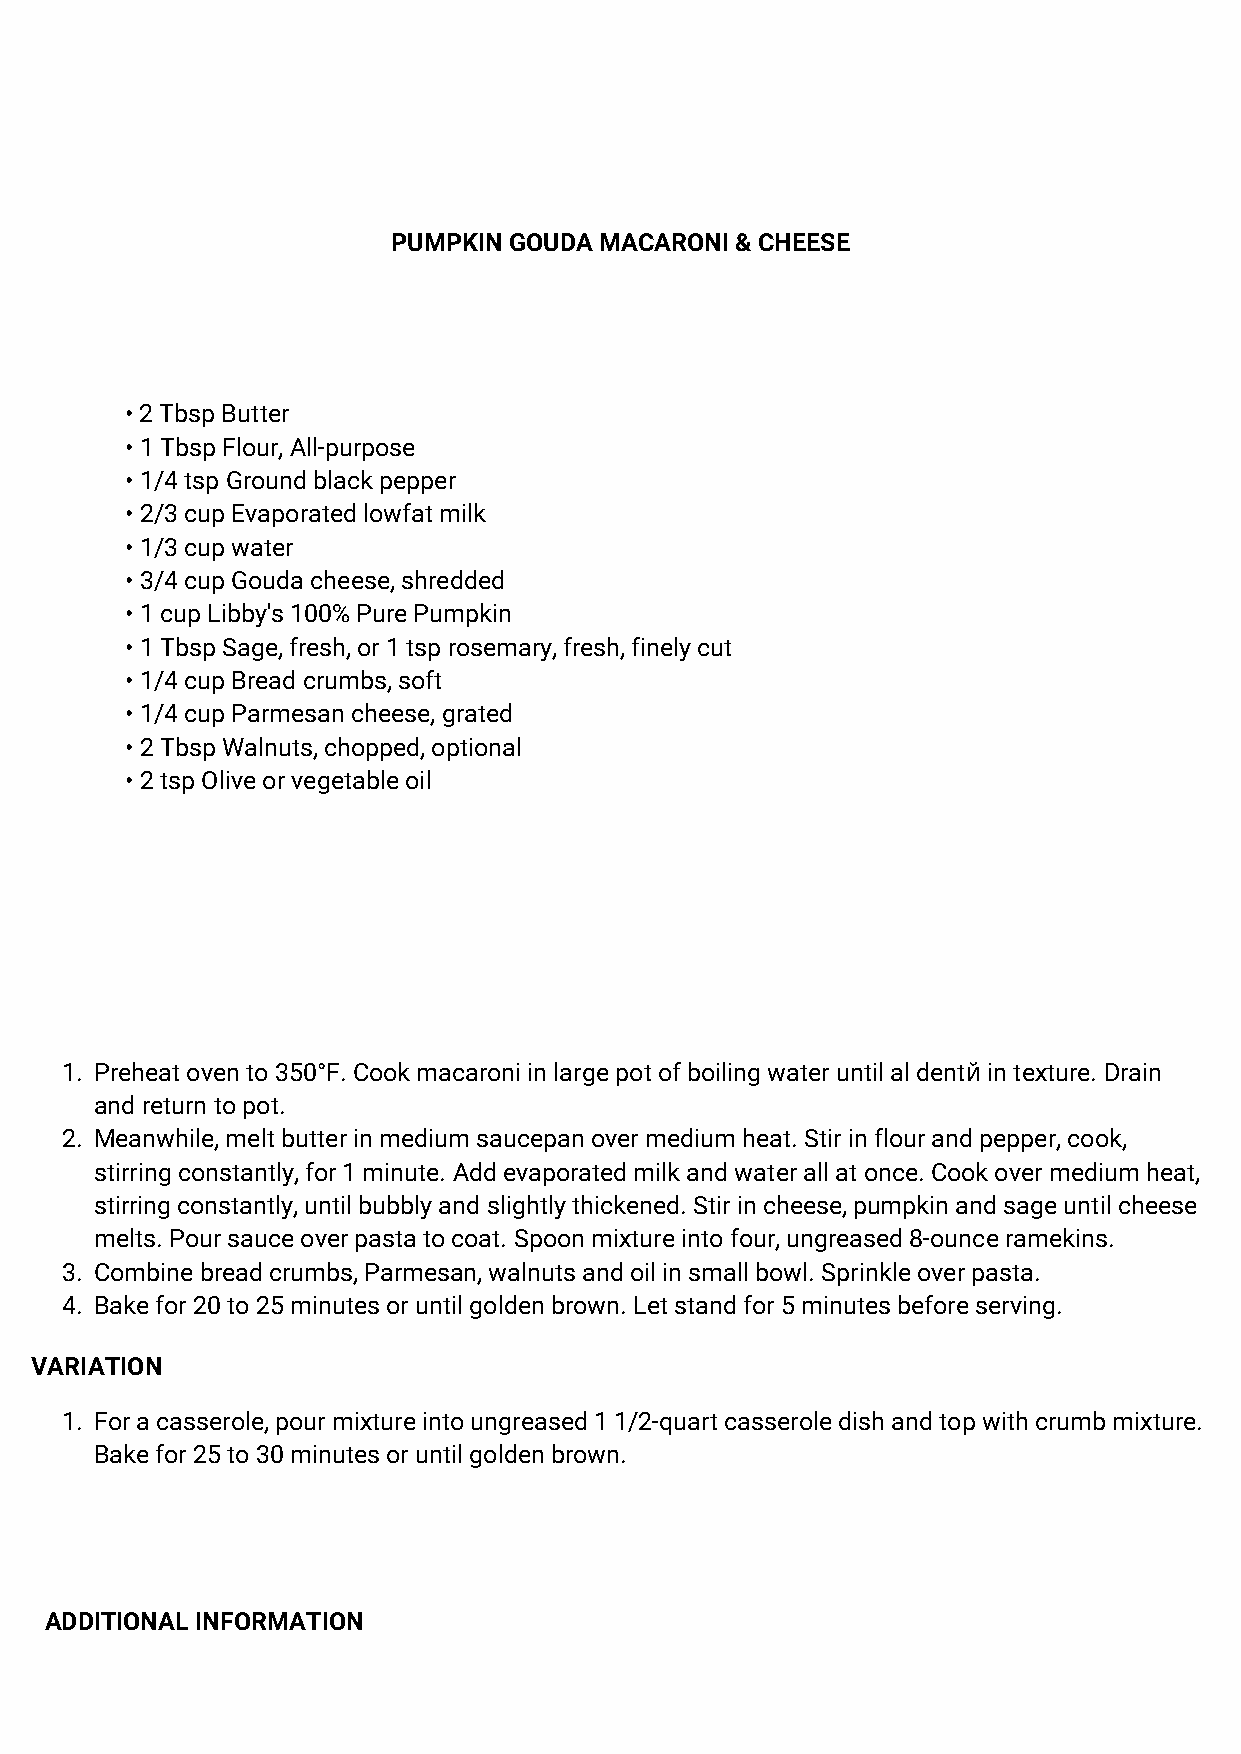
PUMPKIN GOUDA MACARONI & CHEESE
 • 2 Tbsp Butter
 • 1 Tbsp Flour, All-purpose
 • 1/4 tsp Ground black pepper
 • 2/3 cup Evaporated lowfat milk
 • 1/3 cup water
 • 3/4 cup Gouda cheese, shredded
 • 1 cup Libby's 100% Pure Pumpkin
 • 1 Tbsp Sage, fresh, or 1 tsp rosemary, fresh, finely cut
 • 1/4 cup Bread crumbs, soft
 • 1/4 cup Parmesan cheese, grated
 • 2 Tbsp Walnuts, chopped, optional
 • 2 tsp Olive or vegetable oil
 1. Preheat oven to 350°F. Cook macaroni in large pot of boiling water until al dentй in texture. Drain
 and return to pot.
 2. Meanwhile, melt butter in medium saucepan over medium heat. Stir in flour and pepper, cook,
 stirring constantly, for 1 minute. Add evaporated milk and water all at once. Cook over medium heat,
 stirring constantly, until bubbly and slightly thickened. Stir in cheese, pumpkin and sage until cheese
 melts. Pour sauce over pasta to coat. Spoon mixture into four, ungreased 8-ounce ramekins.
 3. Combine bread crumbs, Parmesan, walnuts and oil in small bowl. Sprinkle over pasta.
 4. Bake for 20 to 25 minutes or until golden brown. Let stand for 5 minutes before serving.
 VARIATION
 1. For a casserole, pour mixture into ungreased 1 1/2-quart casserole dish and top with crumb mixture.
 Bake for 25 to 30 minutes or until golden brown.
 ADDITIONAL INFORMATION